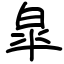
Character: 皐